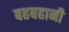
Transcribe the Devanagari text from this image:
बहबहानी